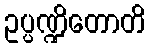
ဥပ္ပဏ္ဍိတောတိ